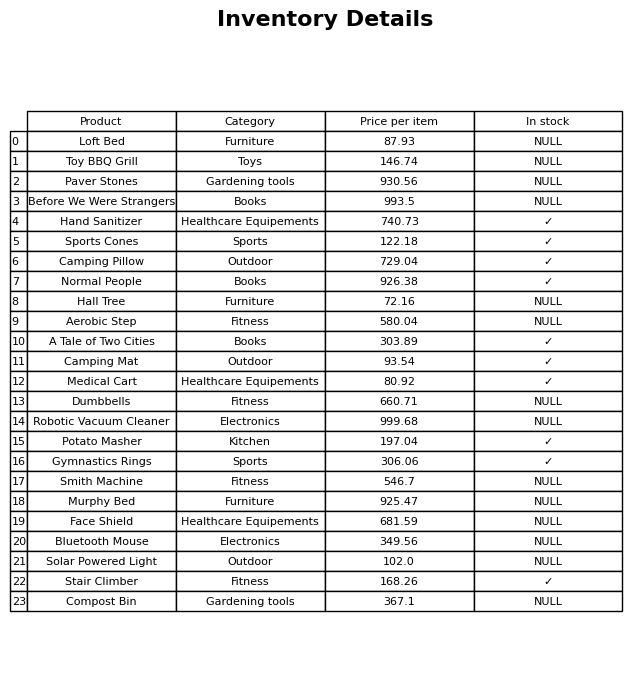
question: What is the price for Hall Tree?
answer: The price of Hall Tree is 72.16.